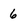
Character: 6